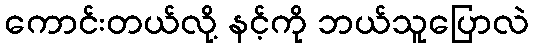
ကောင်းတယ်လို့ နင့်ကို ဘယ်သူပြောလဲ